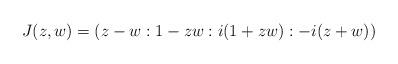
LaTeX: \begin{align*}J(z,w)=(z-w:1-zw:i(1+zw):-i(z+w))\end{align*}